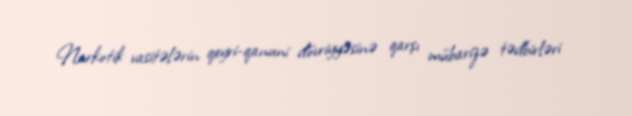
Narkotik vasitələrin qeyri-qanuni dövriyyəsinə qarşı mübarizə tədbirləri